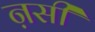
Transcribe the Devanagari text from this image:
ऩसी